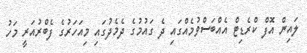
ލައިން އޮފް ކްރެޑިޓް އެއްބަސްވުމެއްގައި ދެ ގައުމުގެ ދެމެދުގައި މިއަހަރުގެ ފެބްރުއަރީ މަހު